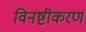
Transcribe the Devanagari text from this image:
विनष्टीकरण